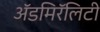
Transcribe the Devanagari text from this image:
ॲडमिरॅलिटी